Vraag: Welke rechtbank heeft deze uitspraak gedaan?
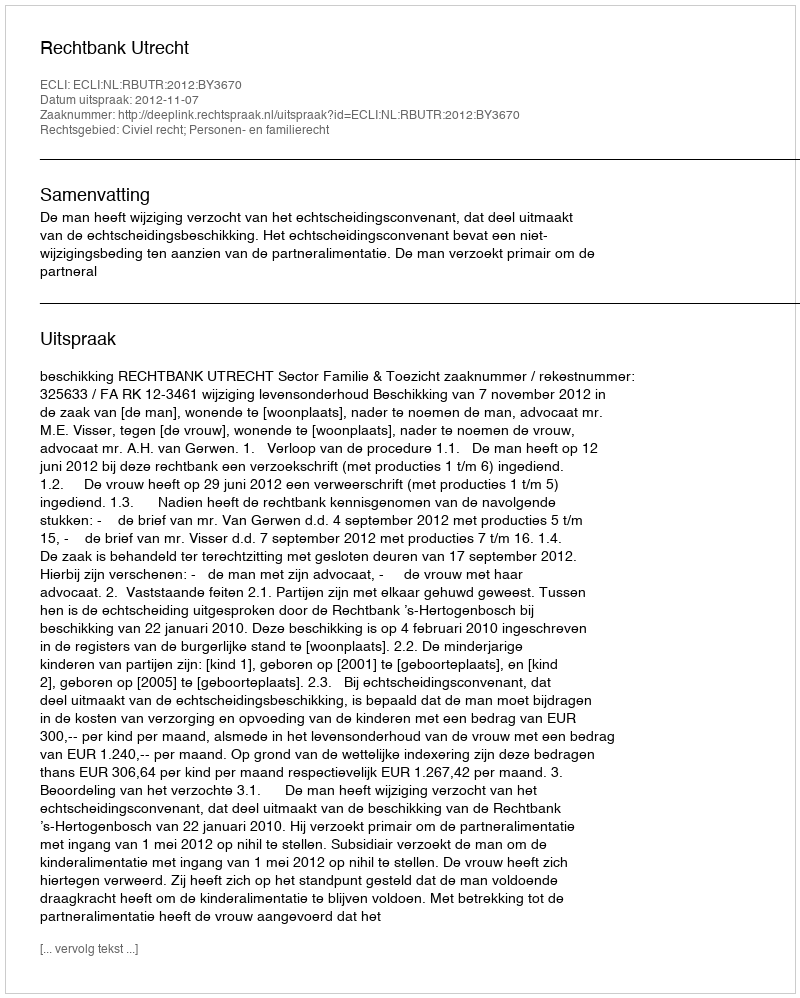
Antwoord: Rechtbank Utrecht